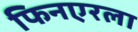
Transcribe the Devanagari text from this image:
फिनएरला